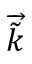
\overrightarrow { \tilde { k } }